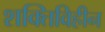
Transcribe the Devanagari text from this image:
शक्तिविहीन